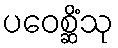
ပဝေစ္ဆိံသု